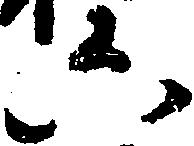
六